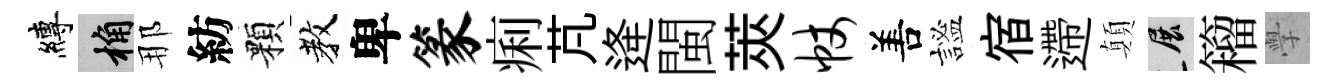
縛桷那紡顆教卑篆痢芃逄閩莢帐𠵊謐宿遰顛展籕𭓕